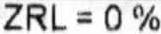
ZRL = 0 %